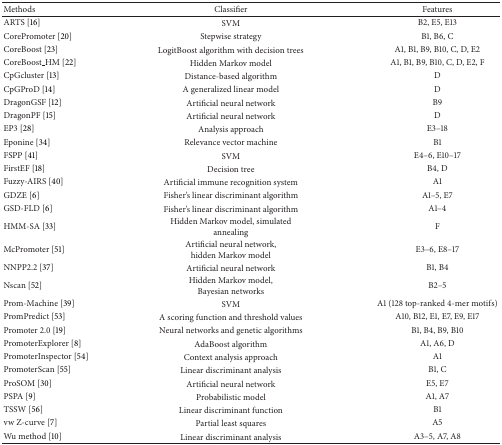
<table><thead><tr><td><b>Methods</b></td><td><b>Classifier</b></td><td><b>Features</b></td></tr></thead><tbody><tr><td>ARTS [16]</td><td>SVM</td><td>B2, E5, E13</td></tr><tr><td>CorePromoter [20]</td><td>Stepwise strategy</td><td>B1, B6, C</td></tr><tr><td>CoreBoost [23]</td><td>LogitBoost algorithm with decision trees</td><td>A1, B1, B9, B10, C, D, E2</td></tr><tr><td>CoreBoost_HM [22]</td><td>Hidden Markov model</td><td>A1, B1, B9, B10, C, D, E2, F</td></tr><tr><td>CpGcluster [13]</td><td>Distance-based algorithm </td><td>D</td></tr><tr><td>CpGProD [14]</td><td>A generalized linear model</td><td>D</td></tr><tr><td>DragonGSF [12]</td><td>Artificial neural network</td><td>B9</td></tr><tr><td>DragonPF [15]</td><td>Artificial neural network</td><td>D</td></tr><tr><td>EP3 [28]</td><td>Analysis approach</td><td>E3–18</td></tr><tr><td>Eponine [34]</td><td>Relevance vector machine</td><td>B1</td></tr><tr><td>FSPP [41]</td><td>SVM</td><td>E4–6, E10–17</td></tr><tr><td>FirstEF [18]</td><td>Decision tree</td><td>B4, D</td></tr><tr><td>Fuzzy-AIRS [40]</td><td>Artificial immune recognition system</td><td>A1</td></tr><tr><td>GDZE [6]</td><td>Fisher&#x27;s linear discriminant algorithm</td><td>A1–5, E7</td></tr><tr><td>GSD-FLD [6]</td><td>Fisher&#x27;s linear discriminant algorithm</td><td>A1–4</td></tr><tr><td>HMM-SA [33]</td><td>Hidden Markov model, simulated annealing</td><td>F</td></tr><tr><td>McPromoter [51]</td><td>Artificial neural network,hidden Markov model</td><td>E3–6, E8–17</td></tr><tr><td>NNPP2.2 [37]</td><td>Artificial neural network</td><td>B1, B4</td></tr><tr><td>Nscan [52]</td><td>Hidden Markov model,Bayesian networks </td><td>B2–5</td></tr><tr><td>Prom-Machine [39]</td><td>SVM</td><td>A1 (128 top-ranked 4-mer motifs)</td></tr><tr><td>PromPredict [53]</td><td>A scoring function and threshold values</td><td>A10, B12, E1, E7, E9, E17</td></tr><tr><td>Promoter 2.0 [19]</td><td>Neural networks and genetic algorithms</td><td>B1, B4, B9, B10</td></tr><tr><td>PromoterExplorer [8]</td><td>AdaBoost algorithm</td><td>A1, A6, D</td></tr><tr><td>PromoterInspector [54]</td><td>Context analysis approach</td><td>A1</td></tr><tr><td>PromoterScan [55]</td><td>Linear discriminant analysis</td><td>B1, C</td></tr><tr><td>ProSOM [30]</td><td>Artificial neural network</td><td>E5, E7</td></tr><tr><td>PSPA [9]</td><td>Probabilistic model</td><td>A1, A7</td></tr><tr><td>TSSW [56]</td><td>Linear discriminant function</td><td>B1</td></tr><tr><td>vw Z-curve [7]</td><td>Partial least squares</td><td>A5</td></tr><tr><td>Wu method [10]</td><td>Linear discriminant analysis</td><td>A3–5, A7, A8</td></tr></tbody></table>